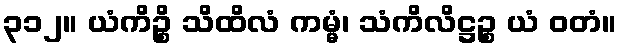
၃၁၂။ ယံကိဉ္စိ သိထိလံ ကမ္မံ၊ သံကိလိဋ္ဌဉ္စ ယံ ဝတံ။